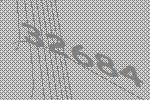
32684